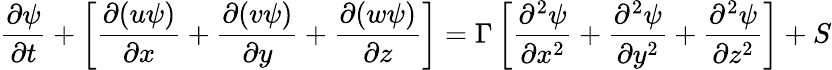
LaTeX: \frac{\partial\psi}{\partial t}+\left[\frac{\partial(u\psi)}{\partial x}+\frac{\partial(v\psi)}{\partial y}+\frac{\partial(w\psi)}{\partial z}\right]=\Gamma\left[\frac{\partial^{2}\psi}{\partial x^{2}}+\frac{\partial^{2}\psi}{\partial y^{2}}+\frac{\partial^{2}\psi}{\partial z^{2}}\right]+S